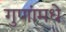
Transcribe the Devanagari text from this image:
गुणांमधे